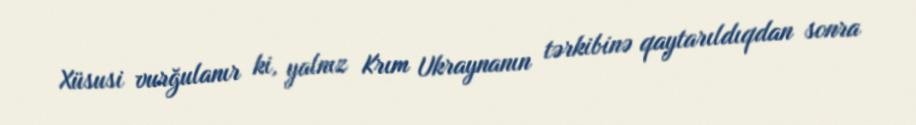
Xüsusi vurğulanır ki, yalnız Krım Ukraynanın tərkibinə qaytarıldıqdan sonra